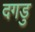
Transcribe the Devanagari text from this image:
दगडु